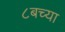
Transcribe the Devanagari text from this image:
८बच्या